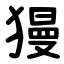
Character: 獌